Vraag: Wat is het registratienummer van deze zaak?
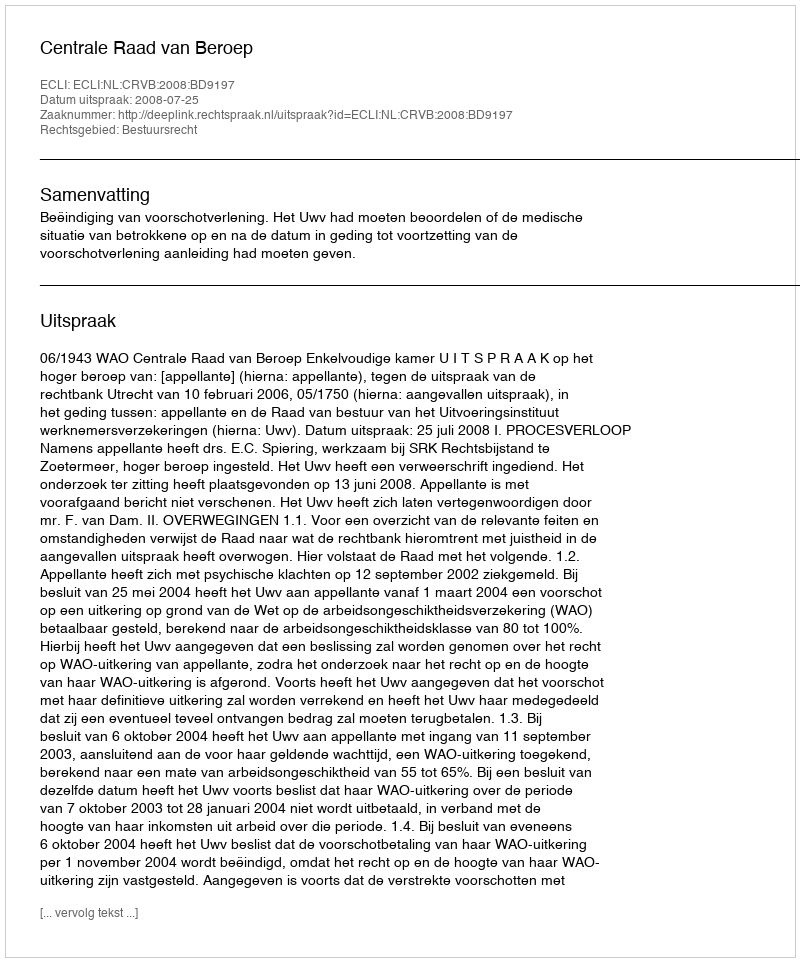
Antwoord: http://deeplink.rechtspraak.nl/uitspraak?id=ECLI:NL:CRVB:2008:BD9197